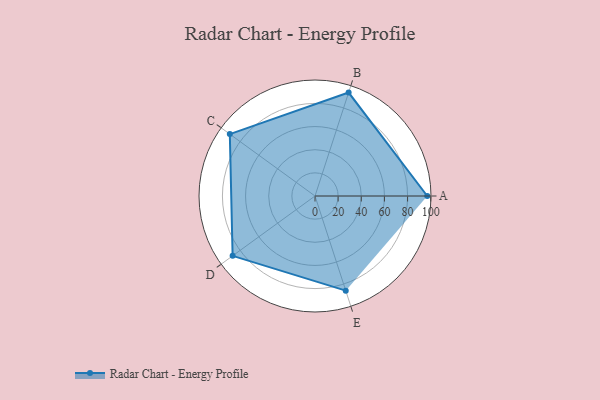
{"axis": {"x": "Skill", "y": "Score"}, "legend": ["Profile"], "data": [{"x": "A", "y": 97.0, "type": "Profile"}, {"x": "B", "y": 94.0, "type": "Profile"}, {"x": "C", "y": 91.0, "type": "Profile"}, {"x": "D", "y": 88.0, "type": "Profile"}, {"x": "E", "y": 86.0, "type": "Profile"}]}